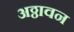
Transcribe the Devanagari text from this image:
अठ्ठावन